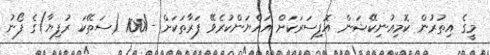
މީގެ އިތުރުން ކޮމިއުނިކޭޝަން އޮފިސަރަކަށް އައްޔަންކުރެވޭ ފަރާތަކަށް -/100 (ސަތޭކަ ރުފިޔާ)ގެ ފޯނު